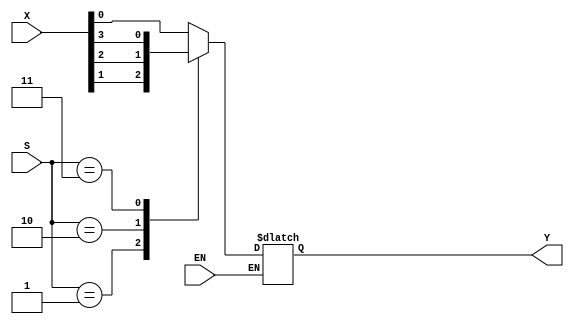
module mult(
    input [3:0] X,
    input [1:0] S,
    input EN,
    output Y
    );
    
     reg Y;
       
     always @*
     if(EN)
     begin
        Y = 0;
        case(S)
            2'b00 : Y = X[0];
            2'b01 : Y = X[1];
            2'b10 : Y = X[2];
            2'b11 : Y = X[3];
        endcase
     end      
endmodule
module testbench;
    reg [1:0] S;
    reg EN;
    reg [3:0] X;
    //wire Y;
    
    mult m(X,S,EN,Y);
    
    initial
    begin
        EN = 1;
        S = 0;
        X = 1;
        #50;
        
        S = 1;
        X = 2;
        #50;
        
        S = 2;
        X = 4;
        #50;
        
        
        S = 2;
        X = 8;
       // EN = 1;
        #50;
        //$stop;
    end
endmodule